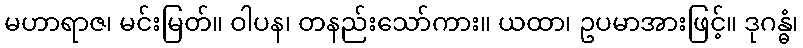
မဟာရာဇ၊ မင်းမြတ်။ ဝါပန၊ တနည်းသော်ကား။ ယထာ၊ ဥပမာအားဖြင့်။ ဒုဂန္ဓံ၊